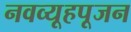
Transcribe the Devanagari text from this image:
नवव्यूहपूजन